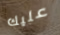
عليك